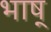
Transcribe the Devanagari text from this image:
भाष्